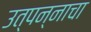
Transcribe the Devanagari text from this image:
उत्पन्‍नाचा